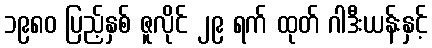
၁၉၈၀ ပြည့်နှစ် ဇူလိုင် ၂၉ ရက် ထုတ် ဂါဒီးယန်းနှင့်